Civil Veterinary Department Bengal reports 1933-51 - 1933-1951
Year: 1933
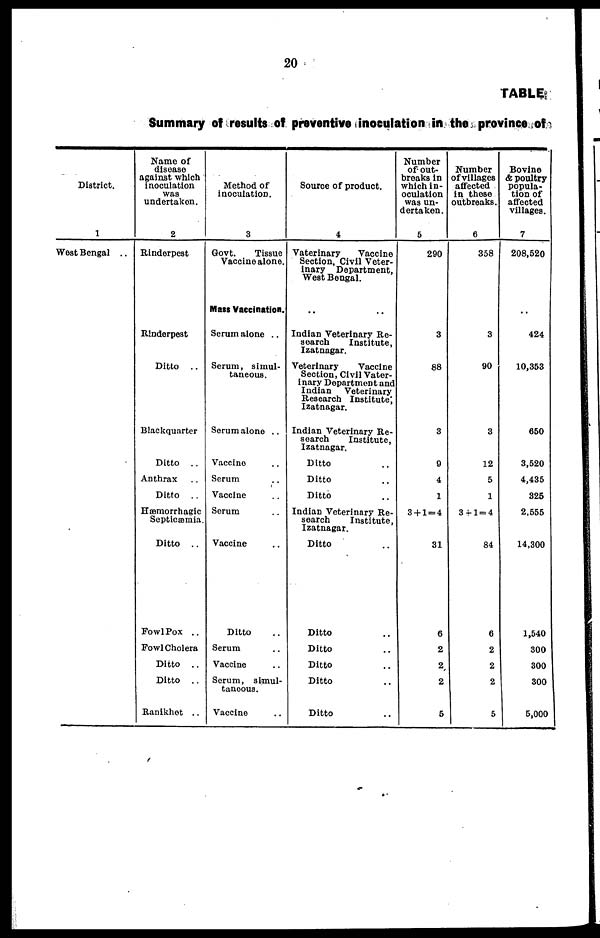
20
TABLE
Summary of results of preventive inoculation in the province of
District.
1
West Bengal ..
Name of
disease
against which
inoculation
was
undertaken.
2
Rinderpest
Rinderpest
Ditto
..
Blackquarter
Ditto
..
Anthrax ..
Ditto
..
Hæmorrhagic
Septicæmia.
Ditto ..
Fowl Pox ..
Fowl Cholera
Ditto ..
Ditto
..
Ranikhet ..
Method of
inoculation.
3
Govt.
Tissue
Vaccine alone.
Mass Vaccination.
Serum alone ..
Serum, simul-
taneous.
Serum alone ..
Vaccine ..
Serum ..
Vaccine ..
Serum ..
Vaccine ..
Ditto ..
Serum ..
Vaccine ..
Serum, simul-
taneous.
Vaccine ..
Source of product.
4
Vaterinary
Vaccine
Section, Civil Veter-
inary Department,
West Bengal.
.. ..
Indian Veterinary Re-
search
Institute,
Izatnagar.
Veterinary
Vaccine
Section, Civil Vater-
inary Department and
Indian
Veterinary
Research Institute,
Izatnagar.
Indian Veterinary Re-
search
Institute,
Izatnagar.
Ditto ..
Ditto ..
Ditto ..
Indian Veterinary Re-
search
Institute,
Izatnagar.
Ditto ..
Ditto ..
Ditto ..
Ditto ..
Ditto ..
Ditto ..
Number
of out-
breaks in
which in-
oculation
was un-
dertaken.
5
290
3
88
3
9
4
1
3 + 1 = 4
31
6
2
2
2
5
Number
of villages
affected
in those
outbreaks.
6
358
3
90
3
12
5
1
3 + = 4
84
6
2
2
2
5
Bovine
& poultry
popula-
tion of
affected
villages.
7
208,520
..
424
10,353
650
3,520
4,435
325
2,555
14,300
1,540
300
300
300
5,000